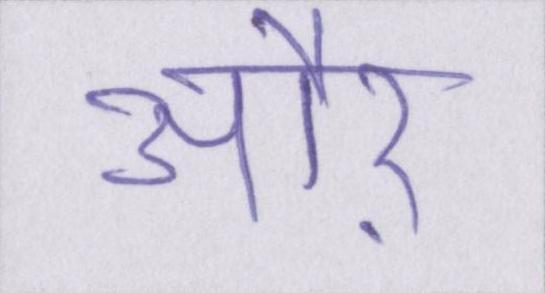
औऱ